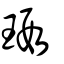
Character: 瑕